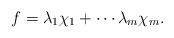
LaTeX: \begin{align*}f=\lambda_1\chi_1+\cdots\lambda_m\chi_m.\end{align*}